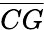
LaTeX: \overline{{CG}}